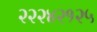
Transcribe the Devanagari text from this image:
२२२४२१२५